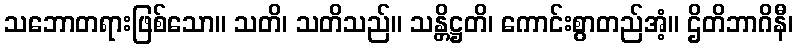
သဘောတရားဖြစ်သော။ သတိ၊ သတိသည်။ သန္တိဋ္ဌတိ၊ ကောင်းစွာတည်အံ့။ ဌိတိဘာဂိနီ၊